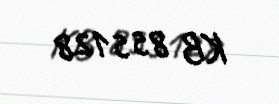
KB 855128